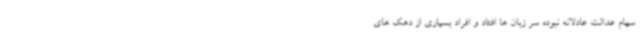
سهام عدالت عادلانه نبوده سر زبان ها افتاد و افراد بسیاری از دهک های